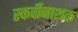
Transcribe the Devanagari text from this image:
स्कर्वीनाशक